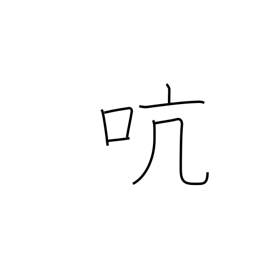
Meaning: pivot